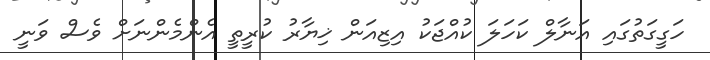
ހަގީގަތުގައި އަނާލް ކަހަލަ ކުއްޖަކު އިޒިއަން ޚިޔާރު ކުރީތީ އެންމެންނަށް ވެސް ވަނީ